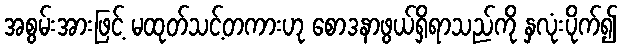
အစွမ်းအားဖြင့် မထုတ်သင့်တကားဟု စောဒနာဖွယ်ရှိရာသည်ကို နှလုံးပိုက်၍